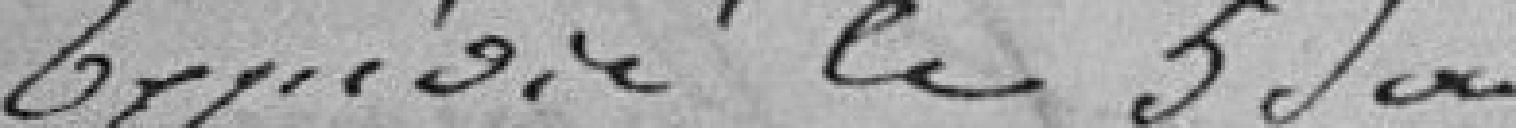
Expédié le 5 janvier